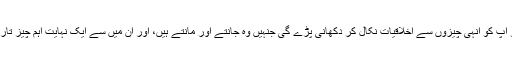
انہیں تو آپ کو انہی چیزوں سے اخلاقیات نکال کر دکھانی پڑے گی جنہیں وہ جانتے اور مانتے ہیں، اور ان میں سے ایک نہایت اہم چیز تاریخ ہے۔